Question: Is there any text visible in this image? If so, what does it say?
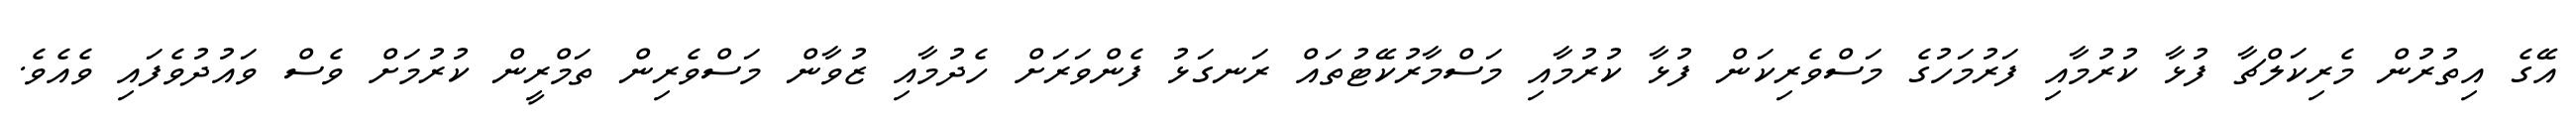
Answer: އޭގެ އިތުރުން މެރިކަލްޗާ ފުޅާ ކުރުމާއި ފަރުމަހުގެ މަސްވެރިކަން ފުޅާ ކުރުމާއި މަސްމާރުކޭޓުތައް ރަނގަޅު ފެންވަރަށް ހެދުމާއި ޒުވާން މަސްވެރިން ތަމްރީން ކުރުމަށް ވެސް ވައުދުވެފައި ވެއެވެ.